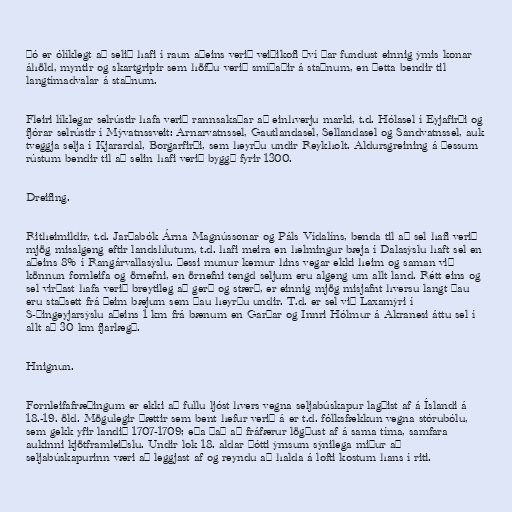
Þó er ólíklegt að selið hafi í raun aðeins verið veiðikofi því þar fundust einnig ýmis konar
áhöld, myntir og skartgripir sem höfðu verið smíðaðir á staðnum, en þetta bendir til
langtímadvalar á staðnum.

Fleiri líklegar selrústir hafa verið rannsakaðar að einhverju marki, t.d. Hólasel í Eyjafirði og
fjórar selrústir í Mývatnssveit: Arnarvatnssel, Gautlandasel, Sellandasel og Sandvatnssel, auk
tveggja selja í Kjarardal, Borgarfirði, sem heyrðu undir Reykholt. Aldursgreining á þessum
rústum bendir til að selin hafi verið byggð fyrir 1300.

Dreifing.

Ritheimildir, t.d. Jarðabók Árna Magnússonar og Páls Vídalíns, benda til að sel hafi verið
mjög misalgeng eftir landshlutum, t.d. hafi meira en helmingur bæja í Dalasýslu haft sel en
aðeins 8% í Rangárvallasýslu. Þessi munur kemur hins vegar ekki heim og saman við
könnun fornleifa og örnefni, en örnefni tengd seljum eru algeng um allt land. Rétt eins og
sel virðast hafa verið breytileg að gerð og stærð, er einnig mjög misjafnt hversu langt þau
eru staðsett frá þeim bæjum sem þau heyrðu undir. T.d. er sel við Laxamýri í
S-Þingeyjarsýslu aðeins 1 km frá bænum en Garðar og Innri Hólmur á Akranesi áttu sel í
allt að 30 km fjarlægð.

Hnignun.

Fornleifafræðingum er ekki að fullu ljóst hvers vegna seljabúskapur lagðist af á Íslandi á
18.-19. öld. Mögulegir þættir sem bent hefur verið á er t.d. fólksfækkun vegna stórubólu,
sem gekk yfir landið 1707-1709; eða það að fráfærur lögðust af á sama tíma, samfara
aukinni kjötframleiðslu. Undir lok 18. aldar þótti ýmsum sýnilega miður að
seljabúskapurinn væri að leggjast af og reyndu að halda á lofti kostum hans í riti.